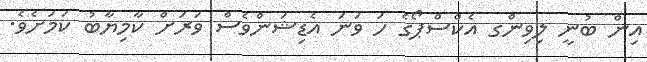
އިން ބުނީ ލިވިންގ އެކްސްޕޯގެ ހަ ވަނަ އެޑިޝަންވެސް ވަރަށް ކާމިޔާބު ކަމަށެވެ.